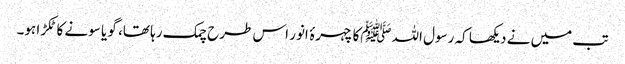
تب میں نے دیکھا کہ رسول اللہﷺکا چہرۂ انور اس طرح چمک رہا تھا، گو یا سونے کا ٹکڑا ہو۔